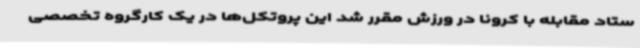
ستاد مقابله با کرونا در ورزش مقرر شد این پروتکل‌ها در یک کارگروه تخصصی